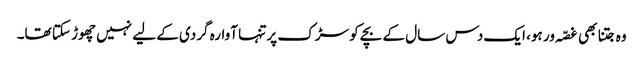
وہ جتنا بھی غصّہ ور ہو، ایک دس سال کے بچے کو سڑک پر تنہا آوارہ گردی کے لیے نہیں چھوڑ سکتا تھا۔